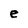
Character: e